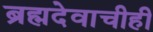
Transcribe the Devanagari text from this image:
ब्रह्मदेवाचीही